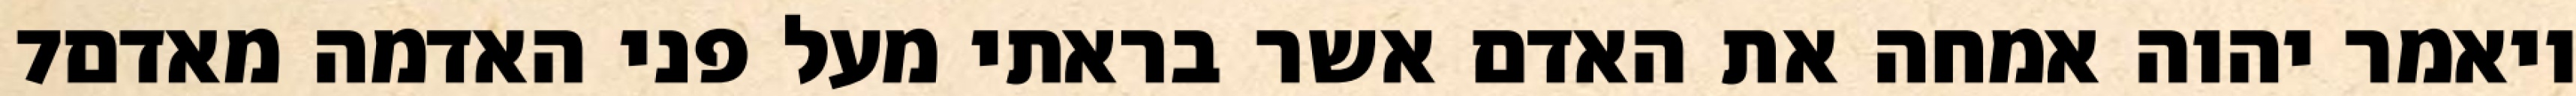
‎7‏ ויאמר יהוה אמחה את האדם אשר בראתי מעל פני האדמה מאדם